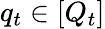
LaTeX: q_{t}\in[Q_{t}]